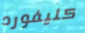
كليفورد